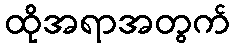
ထိုအရာအတွက်